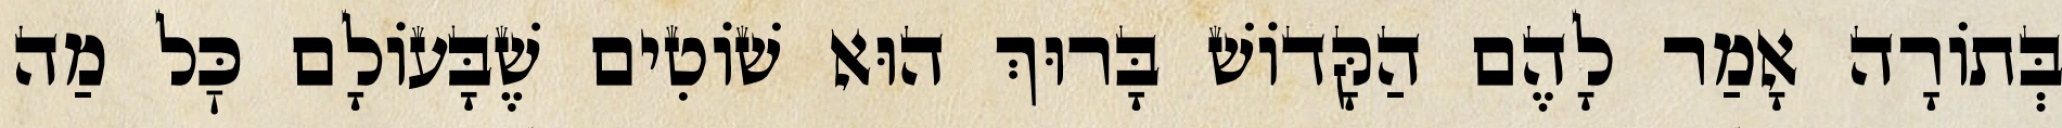
בְּתוֹרָה אָמַר לָהֶם הַקָּדוֹשׁ בָּרוּךְ הוּא שׁוֹטִים שֶׁבָּעוֹלָם כׇּל מַה